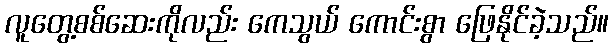
လူတွေ့စစ်ဆေးကိုလည်း ကေသွယ် ကောင်းစွာ ဖြေနိုင်ခဲ့သည်။